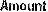
AMOUNT